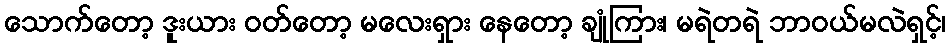
သောက်တော့ ဒူးယား ဝတ်တော့ မလေးရှား နေတော့ ချုံကြား၊ မရဲတရဲ ဘာဝယ်မလဲရှင့်၊